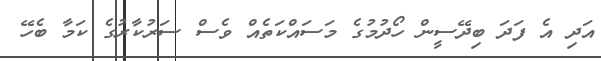
އަދި އެ ފަދަ ބިދޭސީން ހޯދުމުގެ މަސައްކަތެއް ވެސް ސަރުކާރުގެ ކަމާ ބެހޭ